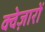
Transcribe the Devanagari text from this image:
क्वेज़ारों